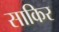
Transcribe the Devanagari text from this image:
साकिर